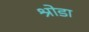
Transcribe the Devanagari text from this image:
श्रोडा